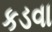
કડવા